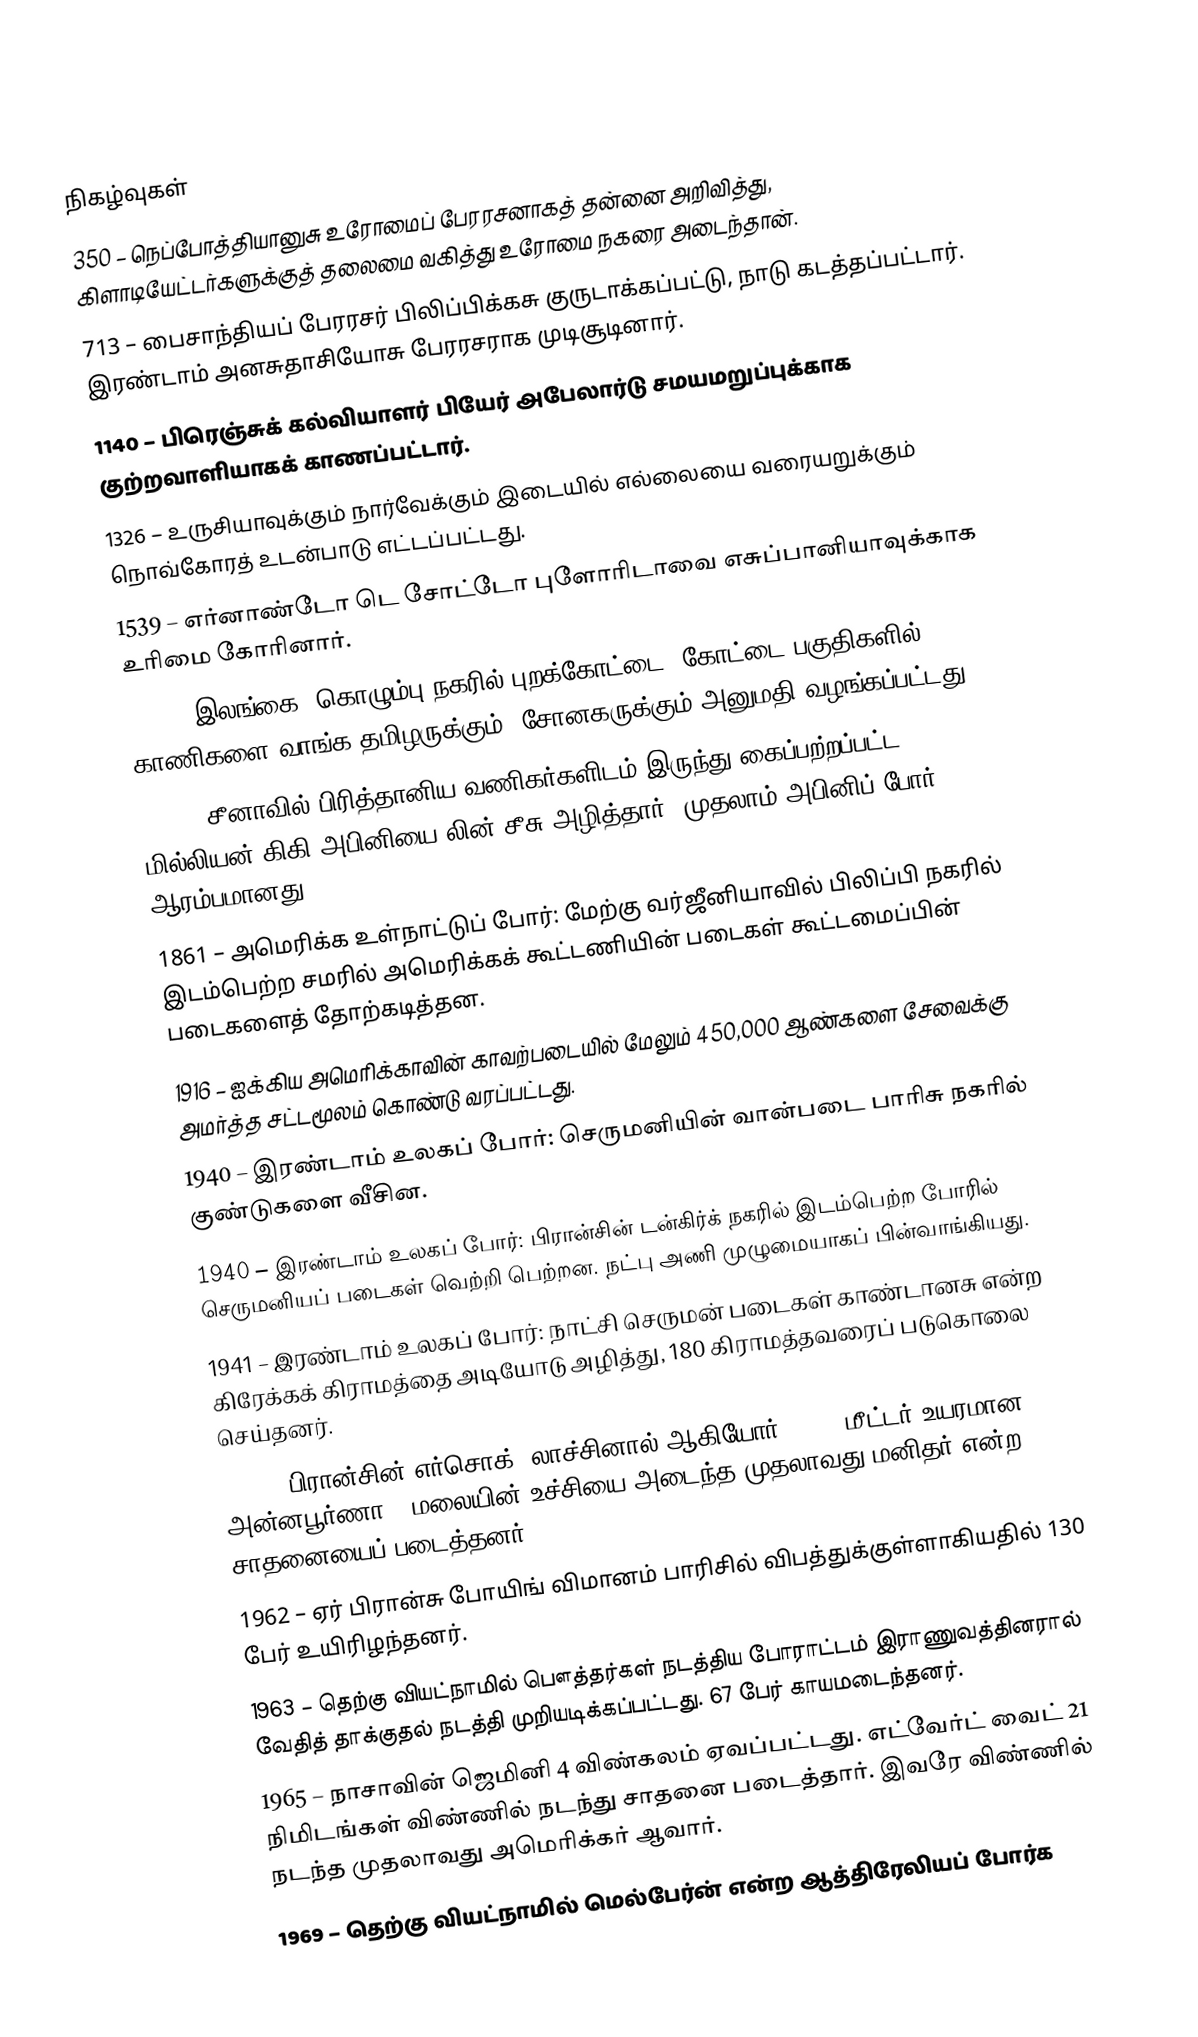

நிகழ்வுகள்
 350 – நெப்போத்தியானுசு உரோமைப் பேரரசனாகத் தன்னை அறிவித்து, கிளாடியேட்டர்களுக்குத் தலைமை வகித்து உரோமை நகரை அடைந்தான்.
 713 – பைசாந்தியப் பேரரசர் பிலிப்பிக்கசு குருடாக்கப்பட்டு, நாடு கடத்தப்பட்டார். இரண்டாம் அனசுதாசியோசு பேரரசராக முடிசூடினார்.
1140 – பிரெஞ்சுக் கல்வியாளர் பியேர் அபேலார்டு சமயமறுப்புக்காக குற்றவாளியாகக் காணப்பட்டார்.
1326 – உருசியாவுக்கும் நார்வேக்கும் இடையில் எல்லையை வரையறுக்கும் நொவ்கோரத் உடன்பாடு எட்டப்பட்டது.
1539 – எர்னாண்டோ டெ சோட்டோ புளோரிடாவை எசுப்பானியாவுக்காக உரிமை கோரினார்.
1834 – இலங்கை, கொழும்பு நகரில் புறக்கோட்டை, கோட்டை பகுதிகளில் காணிகளை வாங்க தமிழருக்கும், சோனகருக்கும் அனுமதி வழங்கப்பட்டது.
1839 – சீனாவில் பிரித்தானிய வணிகர்களிடம் இருந்து கைப்பற்றப்பட்ட 1.2 மில்லியன் கிகி அபினியை லின் சீசு அழித்தார். முதலாம் அபினிப் போர் ஆரம்பமானது.
1861 – அமெரிக்க உள்நாட்டுப் போர்: மேற்கு வர்ஜீனியாவில் பிலிப்பி நகரில் இடம்பெற்ற சமரில் அமெரிக்கக் கூட்டணியின் படைகள் கூட்டமைப்பின் படைகளைத் தோற்கடித்தன.
1916 – ஐக்கிய அமெரிக்காவின் காவற்படையில் மேலும் 450,000 ஆண்களை சேவைக்கு அமர்த்த சட்டமூலம் கொண்டு வரப்பட்டது.
1940 – இரண்டாம் உலகப் போர்: செருமனியின் வான்படை பாரிசு நகரில் குண்டுகளை வீசின.
1940 – இரண்டாம் உலகப் போர்: பிரான்சின் டன்கிர்க் நகரில் இடம்பெற்ற போரில் செருமனியப் படைகள் வெற்றி பெற்றன. நட்பு அணி முழுமையாகப் பின்வாங்கியது.
1941 – இரண்டாம் உலகப் போர்: நாட்சி செருமன் படைகள் காண்டானசு என்ற கிரேக்கக் கிராமத்தை அடியோடு அழித்து, 180 கிராமத்தவரைப் படுகொலை செய்தனர்.
1950 – பிரான்சின் எர்சொக், லாச்சினால் ஆகியோர் 8,091 மீட்டர் உயரமான அன்னபூர்ணா 1 மலையின் உச்சியை அடைந்த முதலாவது மனிதர் என்ற சாதனையைப் படைத்தனர்.
1962 – ஏர் பிரான்சு போயிங் விமானம் பாரிசில் விபத்துக்குள்ளாகியதில் 130 பேர் உயிரிழந்தனர்.
1963 – தெற்கு வியட்நாமில் பௌத்தர்கள் நடத்திய போராட்டம் இராணுவத்தினரால் வேதித் தாக்குதல் நடத்தி முறியடிக்கப்பட்டது. 67 பேர் காயமடைந்தனர்.
1965 – நாசாவின் ஜெமினி 4 விண்கலம் ஏவப்பட்டது. எட்வேர்ட் வைட் 21 நிமிடங்கள் விண்ணில் நடந்து சாதனை படைத்தார். இவரே விண்ணில் நடந்த முதலாவது அமெரிக்கர் ஆவார்.
1969 – தெற்கு வியட்நாமில் மெல்பேர்ன் என்ற ஆத்திரேலியப் போர்க